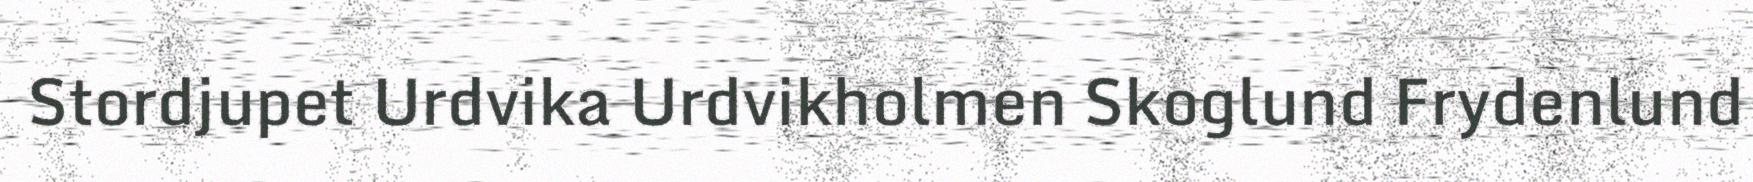
Stordjupet Urdvika Urdvikholmen Skoglund Frydenlund